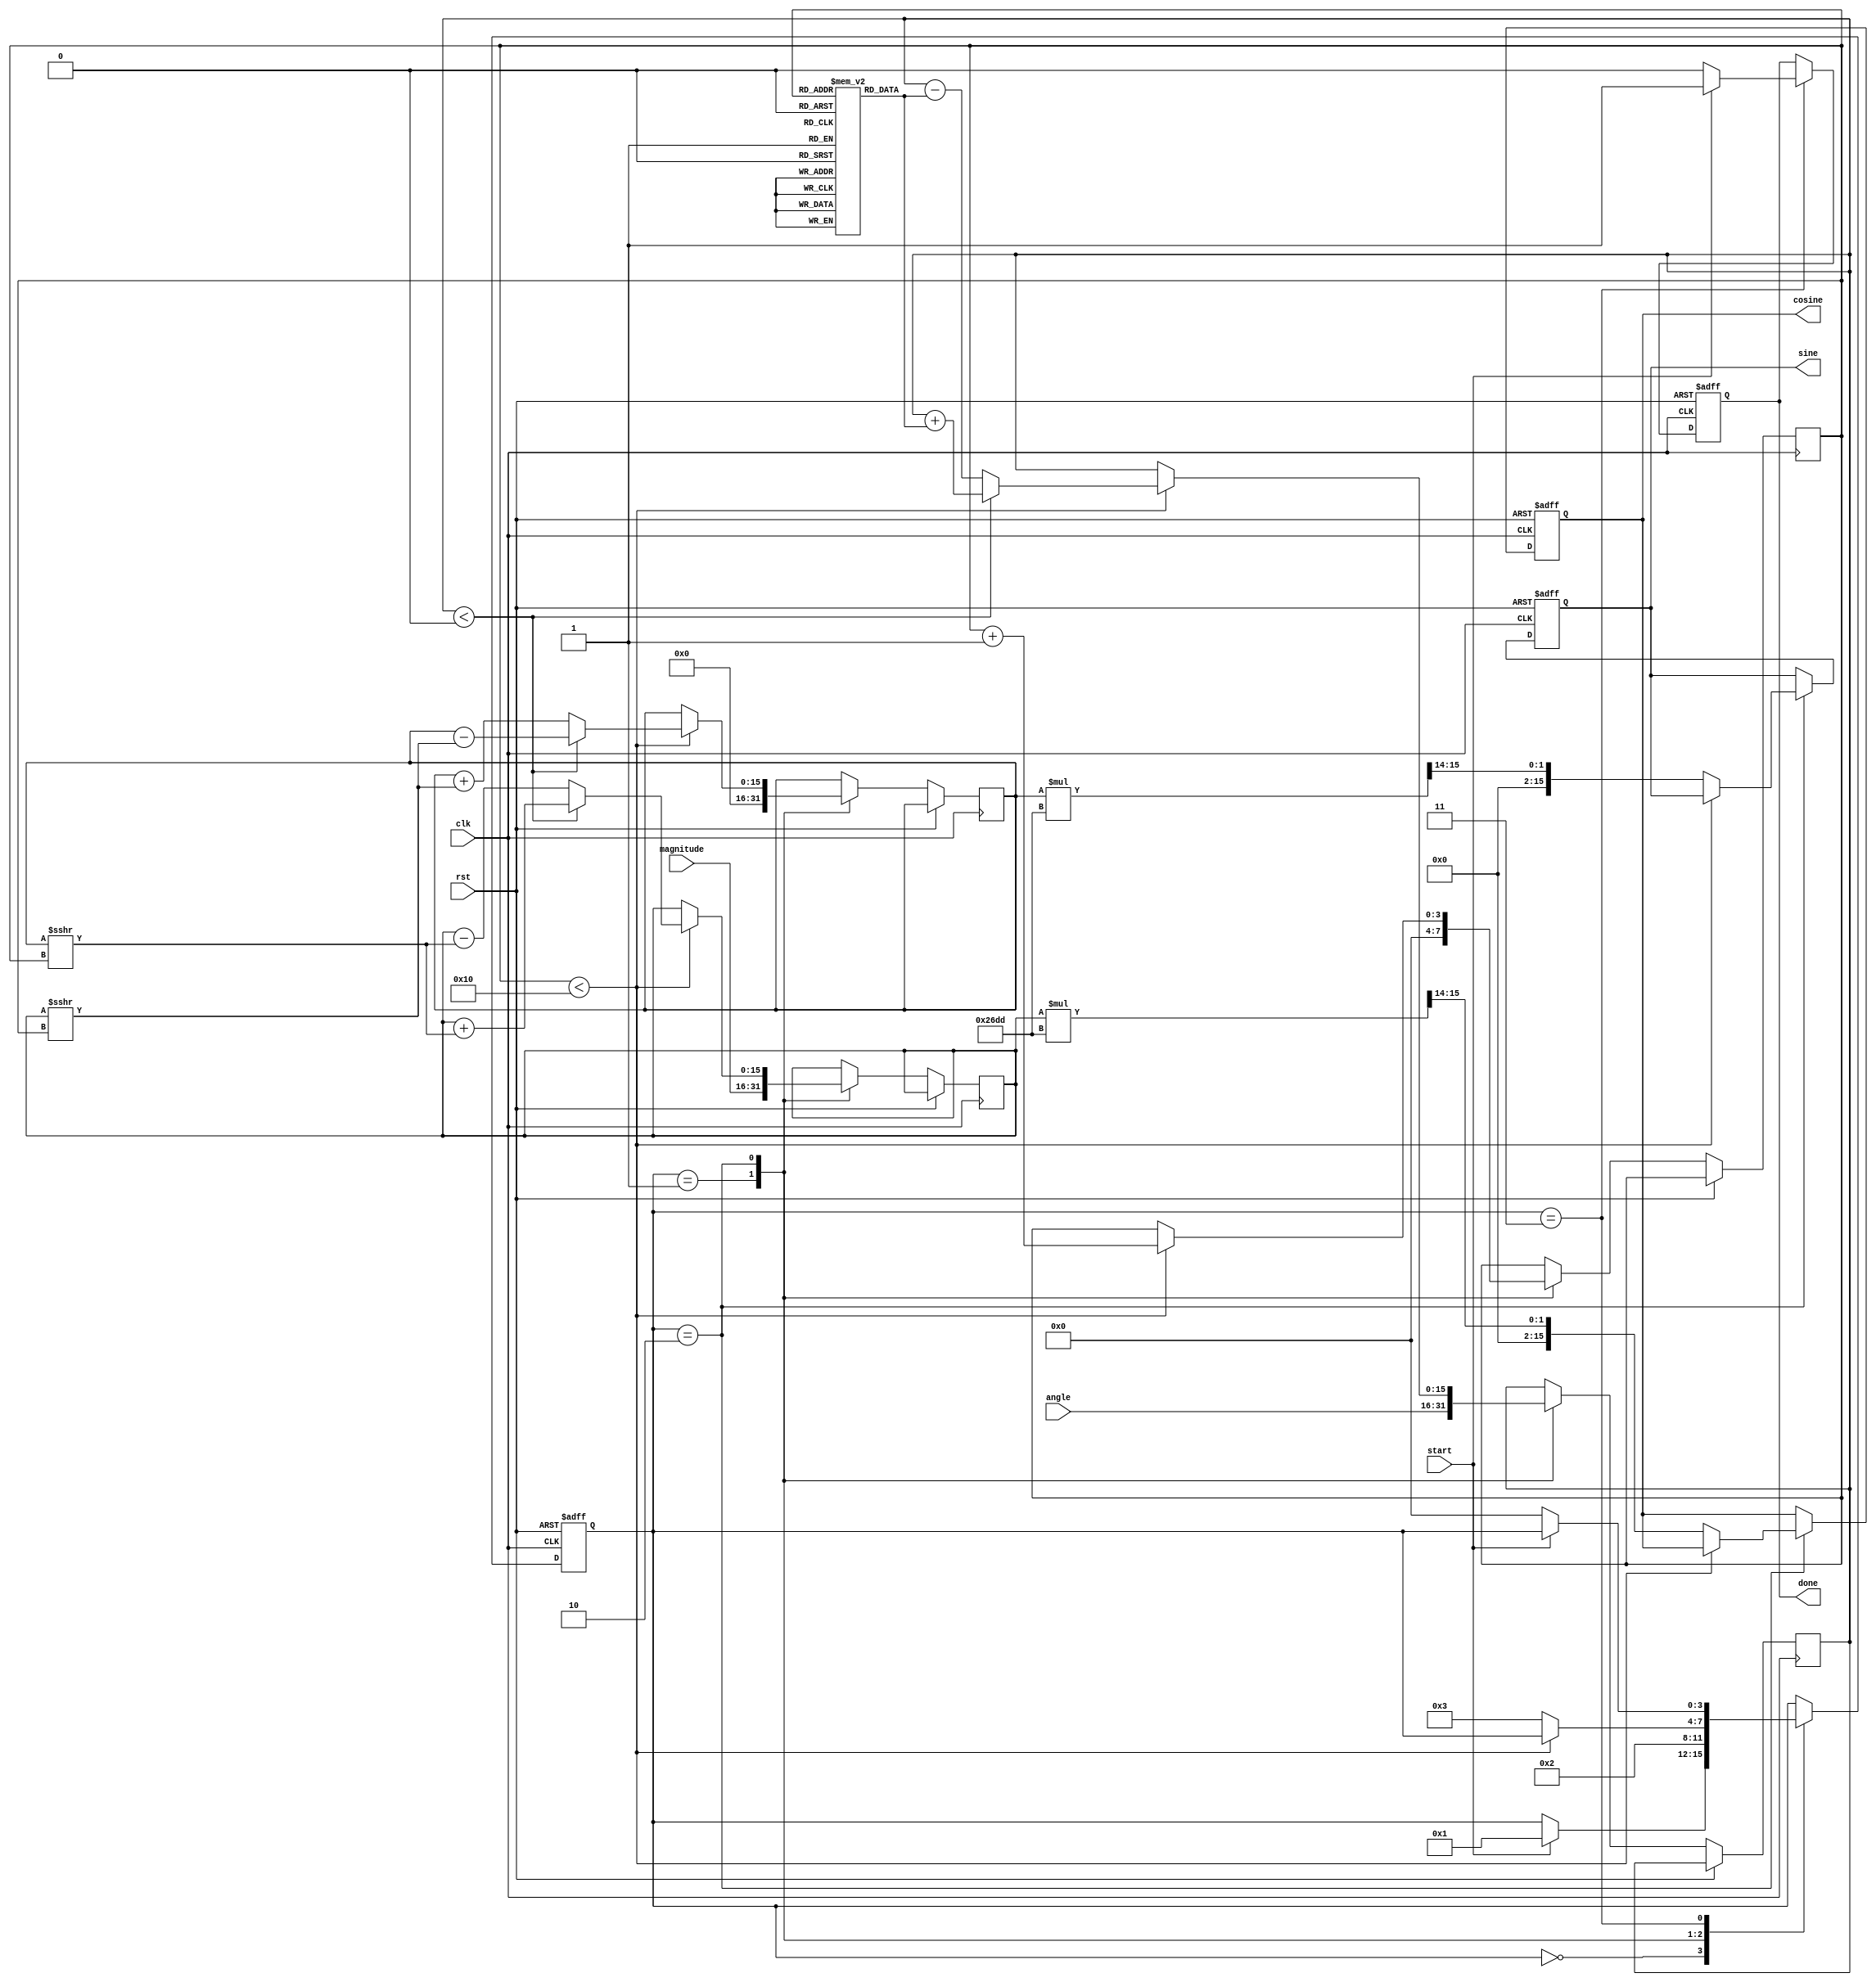
module cordic (
    input wire clk,
    input wire rst,
    input wire start,
    input wire signed [15:0] angle, // Fixed-point angle input
    input wire signed [15:0] magnitude, // Fixed-point magnitude input
    output reg signed [15:0] cosine, // Output cosine value
    output reg signed [15:0] sine, // Output sine value
    output reg done // Indicates completion of computation
);

    // Parameters
    parameter NUM_ITERATIONS = 16;
    parameter FIXED_POINT_FRACTIONAL_BITS = 14; // Adjust as needed
    parameter CORDIC_GAIN = 16'h26DD; // Approximation of 1/sqrt(1 + 2^(-2n))

    // Internal registers
    reg signed [15:0] x, y, z; // x, y, and z registers
    reg [3:0] state; // FSM state
    reg [3:0] iteration; // Iteration counter

    // CORDIC arctan lookup table
    reg signed [15:0] atan_table [0:NUM_ITERATIONS-1];
    initial begin
        atan_table[0] = 16'h2000; // atan(2^0)
        atan_table[1] = 16'h1333; // atan(2^-1)
        atan_table[2] = 16'h0A3D; // atan(2^-2)
        atan_table[3] = 16'h0519; // atan(2^-3)
        atan_table[4] = 16'h028B; // atan(2^-4)
        atan_table[5] = 16'h0143; // atan(2^-5)
        atan_table[6] = 16'h00A2; // atan(2^-6)
        atan_table[7] = 16'h0051; // atan(2^-7)
        atan_table[8] = 16'h0028; // atan(2^-8)
        atan_table[9] = 16'h0014; // atan(2^-9)
        atan_table[10] = 16'h000A; // atan(2^-10)
        atan_table[11] = 16'h0005; // atan(2^-11)
        atan_table[12] = 16'h0002; // atan(2^-12)
        atan_table[13] = 16'h0001; // atan(2^-13)
        atan_table[14] = 16'h0000; // atan(2^-14)
        atan_table[15] = 16'h0000; // atan(2^-15)
    end

    // FSM states
    localparam IDLE = 0;
    localparam INIT = 1;
    localparam ITERATE = 2;
    localparam DONE = 3;

    // FSM and CORDIC computation
    always @(posedge clk or posedge rst) begin
        if (rst) begin
            state <= IDLE;
            done <= 0;
            cosine <= 0;
            sine <= 0;
        end else begin
            case (state)
                IDLE: begin
                    if (start) begin
                        state <= INIT;
                    end
                end

                INIT: begin
                    // Initialize x, y, and z
                    x <= magnitude; // Initial x = magnitude
                    y <= 0; // Initial y = 0
                    z <= angle; // Load angle
                    iteration <= 0;
                    state <= ITERATE;
                end

                ITERATE: begin
                    if (iteration < NUM_ITERATIONS) begin
                        // Determine direction of rotation
                        if (z < 0) begin
                            x <= x + (y >>> iteration);
                            y <= y - (x >>> iteration);
                            z <= z + atan_table[iteration];
                        end else begin
                            x <= x - (y >>> iteration);
                            y <= y + (x >>> iteration);
                            z <= z - atan_table[iteration];
                        end
                        iteration <= iteration + 1;
                    end else begin
                        // Apply scaling factor
                        cosine <= (x * CORDIC_GAIN) >>> FIXED_POINT_FRACTIONAL_BITS;
                        sine <= (y * CORDIC_GAIN) >>> FIXED_POINT_FRACTIONAL_BITS;
                        state <= DONE;
                    end
                end

                DONE: begin
                    done <= 1; // Indicate completion
                    if (!start) begin
                        state <= IDLE; // Reset state on start signal low
                        done <= 0; // Clear done signal
                    end
                end
            endcase
        end
    end
endmodule